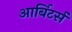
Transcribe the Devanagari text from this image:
आर्बिटर्स